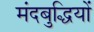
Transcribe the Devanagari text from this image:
मंदबुद्धियों